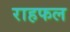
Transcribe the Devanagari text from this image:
राहफल